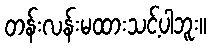
တန်းလန်းမထားသင့်ပါဘူး။